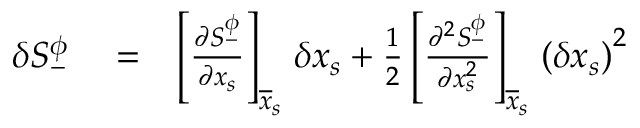
\begin{array} { r l r } { \delta S _ { - } ^ { \phi } } & { { } = } & { \left[ \frac { \partial S _ { - } ^ { \phi } } { \partial x _ { s } } \right] _ { \overline { { x } } _ { s \, } } \delta x _ { s } + \frac { 1 } { 2 } \left[ \frac { \partial ^ { 2 } S _ { - } ^ { \phi } } { \partial x _ { s } ^ { 2 } } \right] _ { \overline { { x } } _ { s \, } } \left( \delta x _ { s } \right) ^ { 2 } } \end{array}